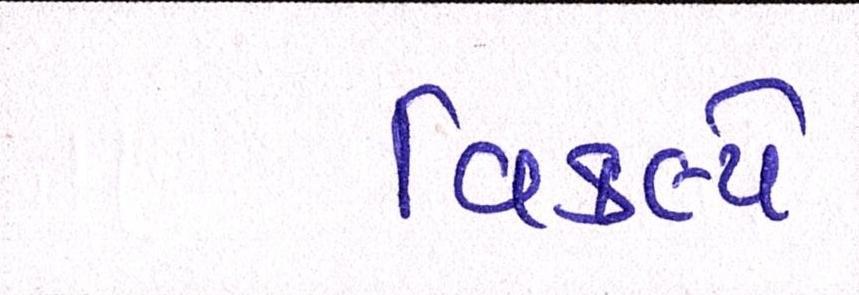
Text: વિકલ્પે